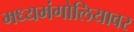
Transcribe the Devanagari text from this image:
मध्यमंगोलियावर